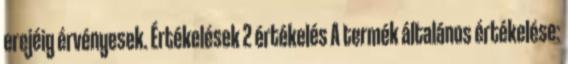
erejéig érvényesek. Értékelések 2 értékelés A termék általános értékelése: